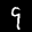
Label: 9